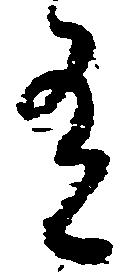
有